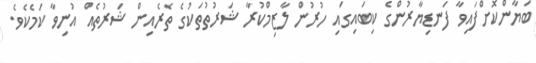
ބަޔާންކޮށްފައިވާ ފަނޑިޔާރުންގެ ކިބައިގައި ހުރުން ލާޒިމްކުރާ ޝަރުތުތަކުގެ ތެރެއިން ޝަރުތެއް އުނިވާ ކަމެކެވެ.